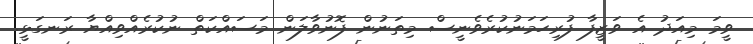
ވީމަ މިއަދު އެ ވަޒީފާ ފުރިހަމަނުކުރެވެނީސް މިތަނުން ފޮނުވާލަން މަސައްކަތް ނުކުރެއްވިއްޔާ ރަނގަޅީ.